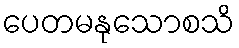
ပေတမနုသောစသိ